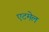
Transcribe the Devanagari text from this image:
एटमेल